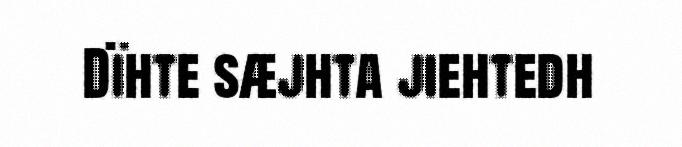
Dïhte sæjhta jiehtedh